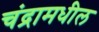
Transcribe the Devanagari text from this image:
चंद्रामधील